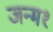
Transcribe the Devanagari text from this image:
जन्म१